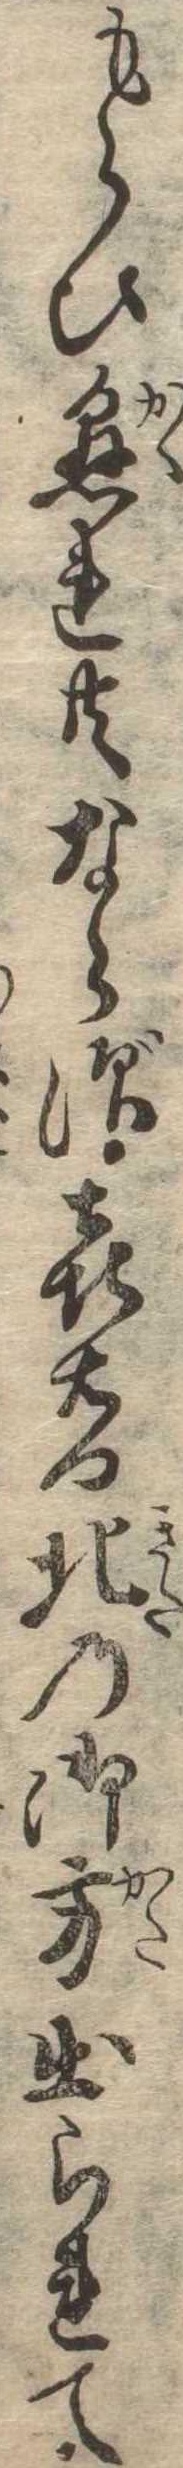
もらひ懸れ共ならず喜右門北の御方出られて